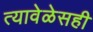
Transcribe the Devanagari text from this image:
त्यावेळेसही